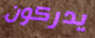
يدركون